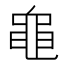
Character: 𪓑